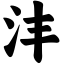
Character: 沣